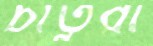
চাতুরা